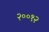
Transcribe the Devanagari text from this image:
२००१२